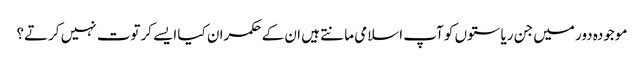
موجودہ دور میں جن ریاستوں کو آپ اسلامی مانتے ہیں ان کے حکمران کیا ایسے کرتوت نہیں کرتے؟